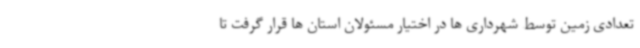
تعدادی زمین توسط شهرداری ها در اختیار مسئولان استان ها قرار گرفت تا